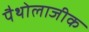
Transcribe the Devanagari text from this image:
पैथोलाजीक